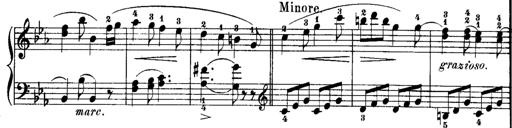
Title: Rondos and Sonatinas for Pianoforte
Composer: Daniel Steibelt